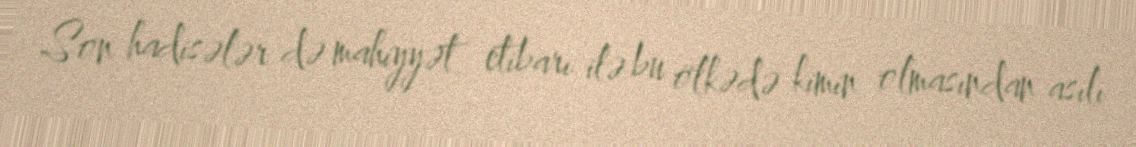
Son hadisələr də mahiyyət etibarı ilə bu ölkədə kimin olmasından asılı